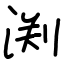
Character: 渕